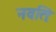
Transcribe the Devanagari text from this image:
नवतिः